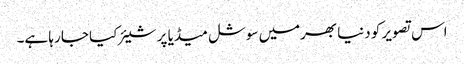
اس تصویر کو دنیا بھرمیں سوشل میڈیا پر شیئر کیا جا رہا ہے۔